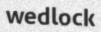
wedlock